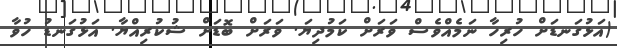
(އަޅުގަނޑަށް ހުރިހާ ނަމެއްވެސް ވަރަށް ކަމުދިޔަ. ވަރަށް ބޮޑަށް ޝުކުރިއްޔާ. އަޅުގަނޑު ހުވާ